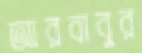
আরবাবুর